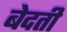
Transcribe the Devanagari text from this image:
बेदती